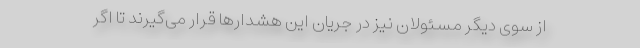
از سوی دیگر مسئولان نیز در جریان این هشدارها قرار می‌گیرند تا اگر